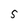
Character: S